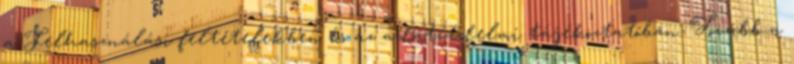
a Felhasználási feltételekben és az adatvédelmi tájékoztatóban. Tovább a